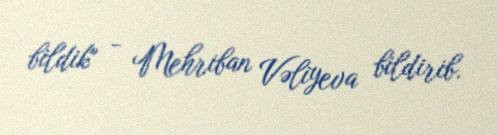
bildik" - Mehriban Vəliyeva bildirib.